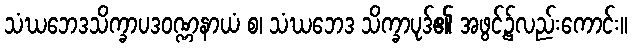
သံဃဘေဒသိက္ခာပဒဝဏ္ဏနာယံ စ၊ သံဃဘေဒ သိက္ခာပုဒ်၏ အဖွင့်၌လည်းကောင်း။